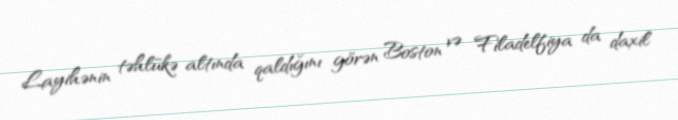
Layihənin təhlükə altında qaldığını görən Boston və Filadelfiya da daxil